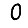
Digit: 0